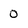
Character: 0